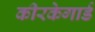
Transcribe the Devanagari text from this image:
कीरकेगार्ड